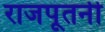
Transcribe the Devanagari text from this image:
राजपूतनी